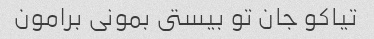
تیاکو جان تو بیستى بمونى برامون